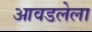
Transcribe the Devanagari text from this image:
आवडलेला